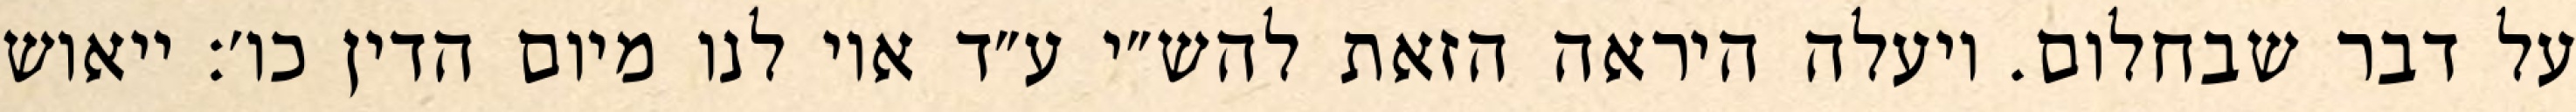
על דבר שבחלום. ויעלה היראה הזאת להש״י ע״ד אוי לנו מיום הדין כו׳: ייאוש